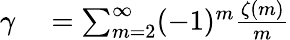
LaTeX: \begin{array}{rl}{\gamma}&{{}=\sum_{m=2}^{\infty}(-1)^{m}{\frac{\zeta(m)}{m}}}\end{array}